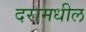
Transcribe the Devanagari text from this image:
दरामधील